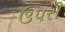
ઉપરી